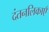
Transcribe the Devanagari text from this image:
दंतनलिकाएँ